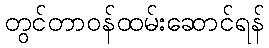
တွင်တာဝန်ထမ်းဆောင်ရန်